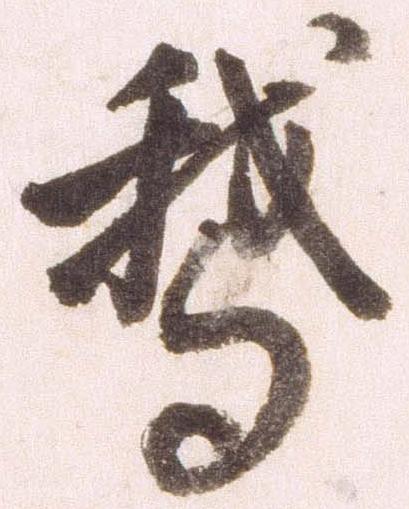
鵝